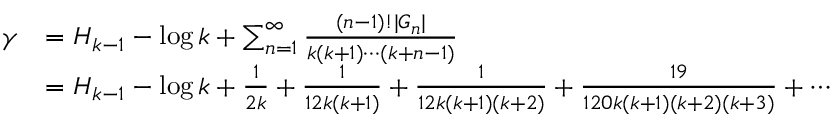
{ \begin{array} { r l r l } { \gamma } & { = H _ { k - 1 } - \log k + \sum _ { n = 1 } ^ { \infty } { \frac { ( n - 1 ) ! | G _ { n } | } { k ( k + 1 ) \cdots ( k + n - 1 ) } } } & & { } \\ & { = H _ { k - 1 } - \log k + { \frac { 1 } { 2 k } } + { \frac { 1 } { 1 2 k ( k + 1 ) } } + { \frac { 1 } { 1 2 k ( k + 1 ) ( k + 2 ) } } + { \frac { 1 9 } { 1 2 0 k ( k + 1 ) ( k + 2 ) ( k + 3 ) } } + \cdots } & & { } \end{array} }